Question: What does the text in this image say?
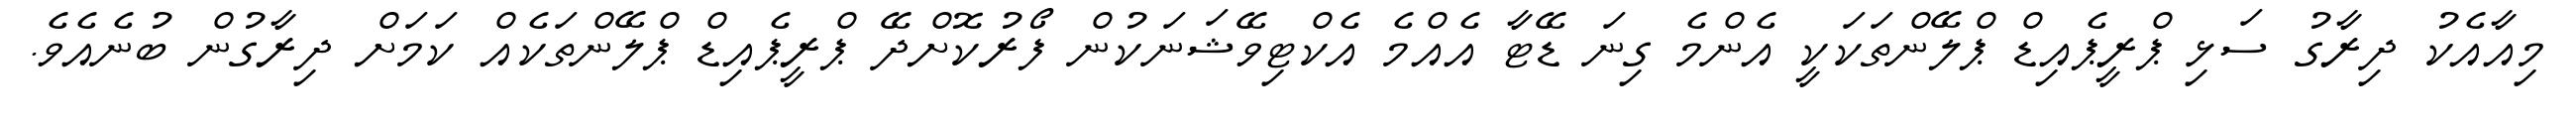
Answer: މިއާއެކު ދިރާގު ސަޅި ޕްރީޕެއިޑް ޕްލޭންތަކަކީ އެންމެ ގިނަ ޑޭޓާ އެއްމެ އެކްޓިވޭޝަނަކުން ފޯރުކޮށްދޭ ޕްރީޕެއިޑް ޕްލޭންތަކެއް ކަމަށް ދިރާގުން ބުނެއެވެ.